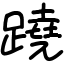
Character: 蹺